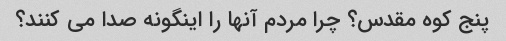
پنج کوه مقدس؟ چرا مردم آنها را اینگونه صدا می کنند؟